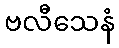
ဗလီသေနံ